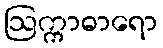
ဩက္ကာဓာရော